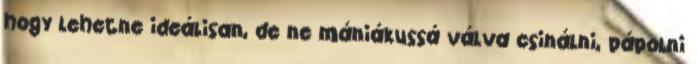
hogy lehetne ideálisan, de ne mániákussá válva csinálni, pápolni